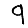
Digit: 9